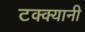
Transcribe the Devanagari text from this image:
टक्क्यानी